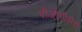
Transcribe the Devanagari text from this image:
पीजीडीपीडी